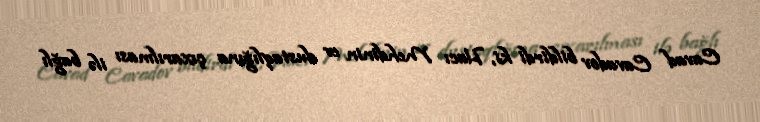
Cavad Cavadov bildirdi ki, Hacı Mehdinin ev dustaqlığına çıxarılması ilə bağlı